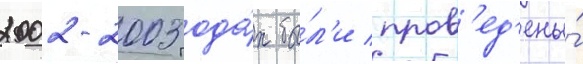
2002-2003 года́х бы́л'и пров'ед'ены́